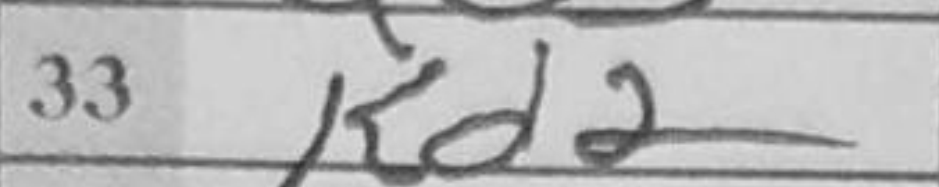
Transcription: Kd2